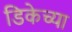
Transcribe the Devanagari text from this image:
डिकेच्या